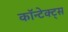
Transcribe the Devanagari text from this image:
कॉन्टेक्ट्स